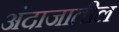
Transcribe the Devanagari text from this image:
अंदाजातील